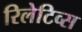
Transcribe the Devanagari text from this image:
रिलेटिव्स